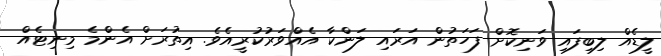
ލީޑެއް ލިބިފައި ވަނިކޮށް ފަހަތުން އަރައި ލަންކާ އެއްވަރުކުރީއެވެ. އިތުރަށް އެންމެ މިނިޓެއް